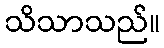
သိသာသည်။